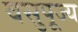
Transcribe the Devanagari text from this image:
वसुपूज्य